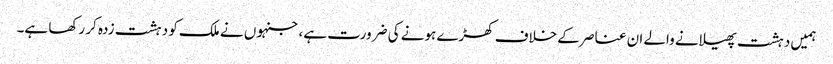
ہمیں دہشت پھیلانے والے ان عناصر کے خلاف کھڑے ہونے کی ضرورت ہے، جنہوں نے ملک کو دہشت زدہ کر رکھا ہے۔